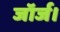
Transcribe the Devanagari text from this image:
जॉर्ज।